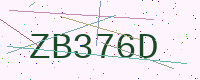
Text: ZB376D